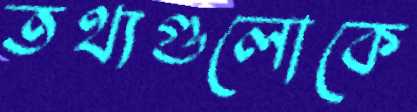
তথ্যগুলোকে